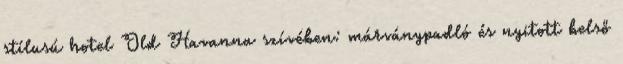
stílusú hotel Old Havanna szívében: márványpadló és nyitott belső